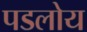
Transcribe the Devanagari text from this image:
पडलोय